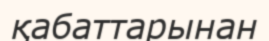
қабаттарынан